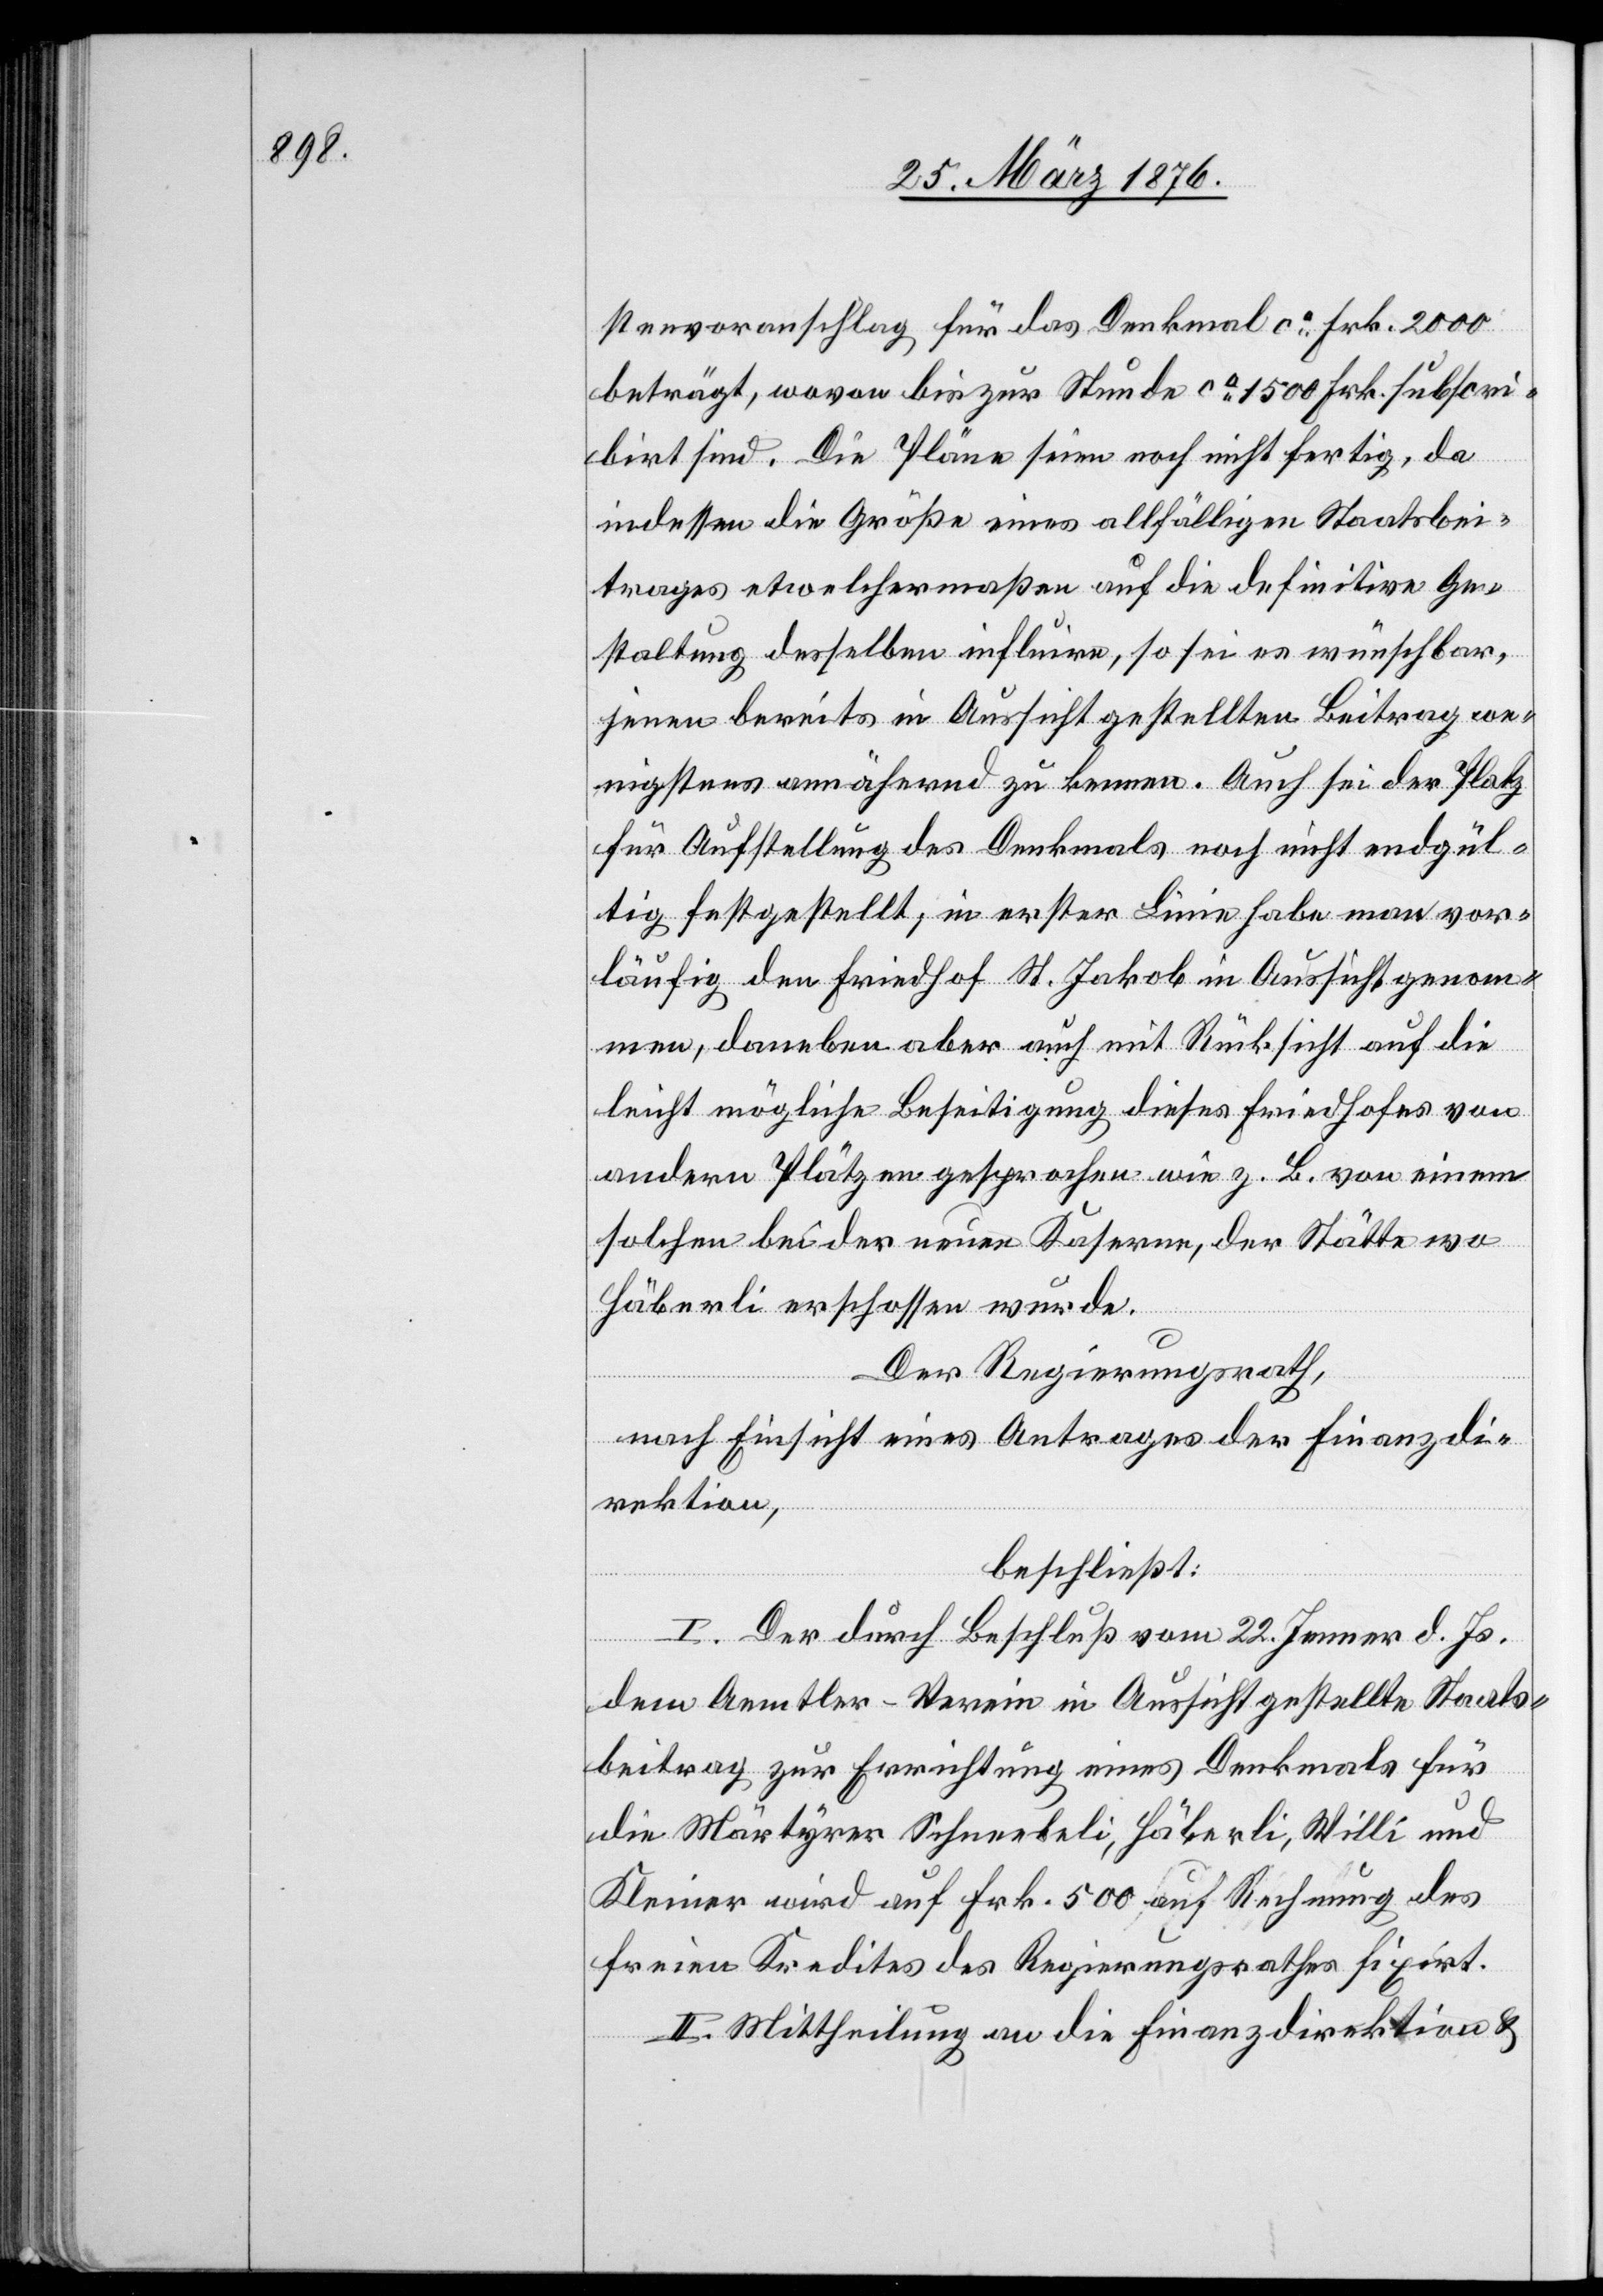
stenvoranschlag für das Denkmal ca 2000
beträgt, wovon bis zur Stunde ca 1500 Frk. subscri¬
birt sind. Die Pläne seien noch nicht fertig, da
indessen die Größe eines allfälligen Staatsbei¬
trages etwelchermaßen auf die definitive Ge¬
staltung desselben influire, so sei es wünschbar,
jenen bereits in Aussicht gestellten Beitrag we¬
nigstens annähernd zu kennen. Auch sei der Platz
für Aufstellung des Denkmals noch nicht endgül¬
tig festgestellt, in erster Linie habe man vor¬
läufig den Friedhof St. Jakob in Aussicht genom¬
men, daneben aber auch mit Rücksicht auf die
leicht mögliche Beseitigung dieses Friedhofes von
anderen Plätzen gesprochen wie z. B. von einem
solchen bei der neuen Kaserne, der Stätte wo
Häberli erschossen wurde.
Der Regierungsrath,
nach Einsicht eines Antrages der Finanzdi¬
rektion,
beschließt:
I. Der durch Beschluß vom 22. Jenner d. Js.
dem Aemtler-Verein in Aussicht gestellte Staats¬
beitrag zur Errichtung eines Denkmals für
die Märtyrer Schneebeli, Häberli, Willi und
Kleiner wird auf Frk. 500 auf Rechnung des
freien Kredites des Regierungsrathes fixirt.
II. Mittheilung an die Finanzdirektion &